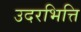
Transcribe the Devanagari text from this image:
उदरभित्ति